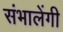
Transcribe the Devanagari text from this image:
संभालेंगी